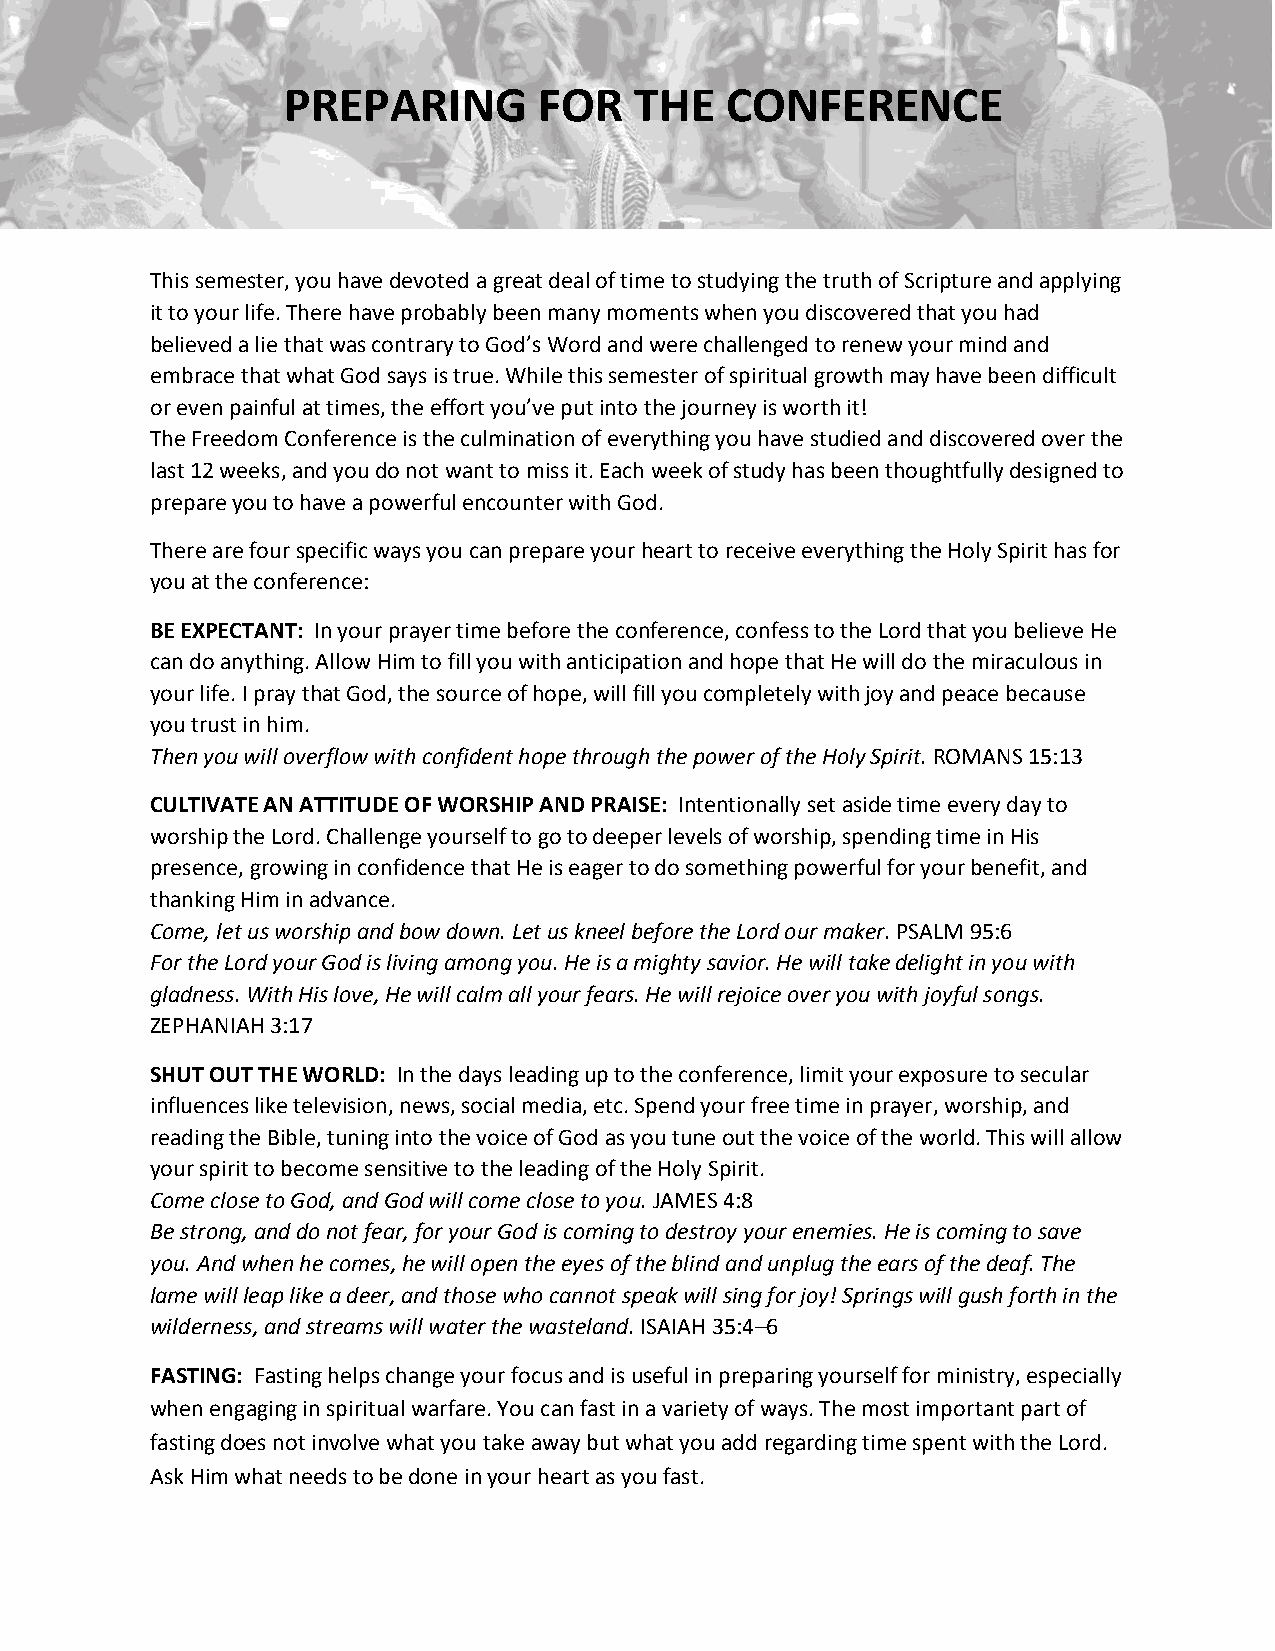
PREPARING        FOR   THE   CONFERENCE
 This semester, you have devoted a great deal of time to studying the truth of Scripture and applying
 it to your life. There have probably been many moments when you discovered that you had
 believed a lie that was contrary to God’s Word and were challenged to renew your mind and
 embrace that what God says is true. While this semester of spiritual growth may have been difficult
 or even painful at times, the effort you’ve put into the journey is worth it!
 The Freedom Conference is the culmination of everything you have studied and discovered over the
 last 12 weeks, and you do not want to miss it. Each week of study has been thoughtfully designed to
 prepare you to have a powerful encounter with God.
 There are four specific ways you can prepare your heart to receive everything the Holy Spirit has for
 you at the conference:
 BE EXPECTANT: In your prayer time before the conference, confess to the Lord that you believe He
 can do anything. Allow Him to fill you with anticipation and hope that He will do the miraculous in
 your life. I pray that God, the source of hope, will fill you completely with joy and peace because
 you trust in him.
 Then you will overflow with confident hope through the power of the Holy Spirit. ROMANS 15:13
 CULTIVATE AN ATTITUDE OF WORSHIP AND PRAISE: Intentionally set aside time every day to
 worship the Lord. Challenge yourself to go to deeper levels of worship, spending time in His
 presence, growing in confidence that He is eager to do something powerful for your benefit, and
 thanking Him in advance.
 Come, let us worship and bow down. Let us kneel before the Lord our maker. PSALM 95:6
 For the Lord your God is living among you. He is a mighty savior. He will take delight in you with
 gladness. With His love, He will calm all your fears. He will rejoice over you with joyful songs.
 ZEPHANIAH 3:17
 SHUT OUT THE WORLD: In the days leading up to the conference, limit your exposure to secular
 influences like television, news, social media, etc. Spend your free time in prayer, worship, and
 reading the Bible, tuning into the voice of God as you tune out the voice of the world. This will allow
 your spirit to become sensitive to the leading of the Holy Spirit.
 Come close to God, and God will come close to you. JAMES 4:8
 Be strong, and do not fear, for your God is coming to destroy your enemies. He is coming to save
 you. And when he comes, he will open the eyes of the blind and unplug the ears of the deaf. The
 lame will leap like a deer, and those who cannot speak will sing for joy! Springs will gush forth in the
 wilderness, and streams will water the wasteland. ISAIAH 35:4–6
 FASTING: Fasting helps change your focus and is useful in preparing yourself for ministry, especially
 when engaging in spiritual warfare. You can fast in a variety of ways. The most important part of
 fasting does not involve what you take away but what you add regarding time spent with the Lord.
 Ask Him what needs to be done in your heart as you fast.